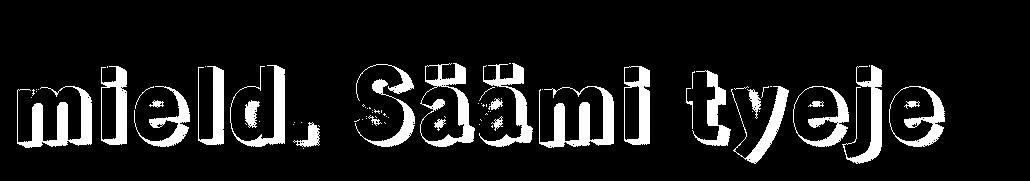
mield. Säämi tyeje